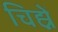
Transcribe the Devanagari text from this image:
चिह्नें